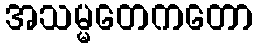
အသမ္မတေကတော